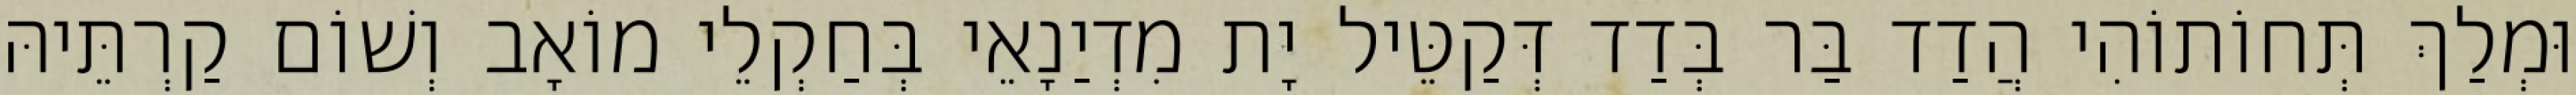
וּמְלַךְ תְּחוֹתוֹהִי הֲדַד בַּר בְּדַד דְּקַטֵּיל יָת מִדְיַנָאֵי בְּחַקְלֵי מוֹאָב וְשׁוֹם קַרְתֵּיהּ